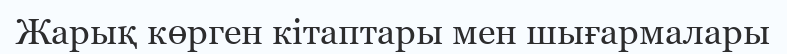
Жарық көрген кітаптары мен шығармалары